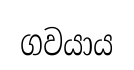
ගවයාය